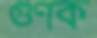
গুণক